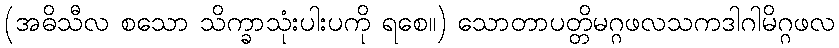
(အဓိသီလ စသော သိက္ခာသုံးပါးပကို ရစေ။) သောတာပတ္တိမဂ္ဂဖလသကဒါဂါမိဂ္ဂဖလ